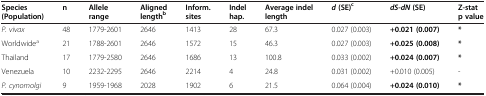
<table><thead><tr><td><b>Species (Population)</b></td><td><b>n</b></td><td><b>Allele range</b></td><td><b>Aligned length<sup>b</sup></b></td><td><b>Inform. sites</b></td><td><b>Indel hap.</b></td><td><b>Average indel length</b></td><td><b><i>d </i>(SE)<sup>c</sup></b></td><td><b><i>dS</i>-<i>dN </i>(SE)</b></td><td><b>Z-stat p value</b></td></tr></thead><tbody><tr><td><i>P. vivax</i></td><td>48</td><td>1779-2601</td><td>2646</td><td>1413</td><td>28</td><td>67.3</td><td>0.027 (0.003)</td><td><b>+0.021 (0.007)</b></td><td><b>*</b></td></tr><tr><td>Worldwide<sup>a</sup></td><td>21</td><td>1788-2601</td><td>2646</td><td>1572</td><td>15</td><td>46.3</td><td>0.027 (0.003)</td><td><b>+0.025 (0.008)</b></td><td><b>*</b></td></tr><tr><td>Thailand</td><td>17</td><td>1779-2580</td><td>2646</td><td>1686</td><td>13</td><td>100.8</td><td>0.033 (0.002)</td><td><b>+0.024 (0.007)</b></td><td><b>*</b></td></tr><tr><td>Venezuela</td><td>10</td><td>2232-2295</td><td>2646</td><td>2214</td><td>4</td><td>24.8</td><td>0.031 (0.002)</td><td>+0.010 (0.005)</td><td>-</td></tr><tr><td><i>P. cynomolgi</i></td><td>9</td><td>1959-1968</td><td>2028</td><td>1902</td><td>6</td><td>21.5</td><td>0.064 (0.004)</td><td><b>+0.024 (0.010)</b></td><td><b>*</b></td></tr></tbody></table>